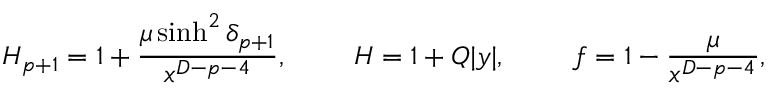
H _ { p + 1 } = 1 + { \frac { \mu \sinh ^ { 2 } \delta _ { p + 1 } } { x ^ { D - p - 4 } } } , \ \ \ \ \ \ \ H = 1 + Q | y | , \ \ \ \ \ \ \ f = 1 - { \frac { \mu } { x ^ { D - p - 4 } } } ,